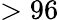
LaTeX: >96